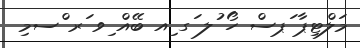
މަލްޓިޕާ ަޕސް ހޯ ުލ ަގ ިއ ބޭއް ިވ ަރ ްސމި